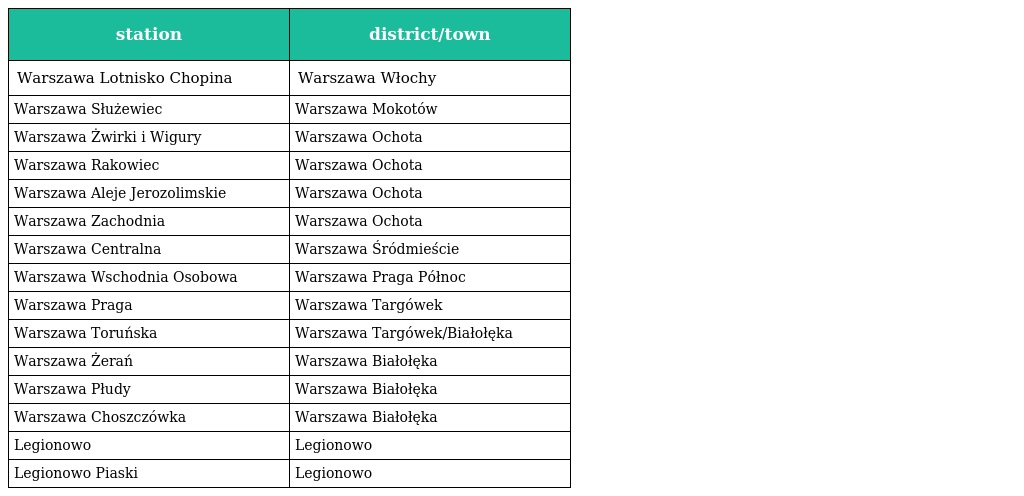
| station | district/town |
 | --- | --- |
 | Warszawa Lotnisko Chopina | Warszawa Włochy |
 | Warszawa Służewiec | Warszawa Mokotów |
 | Warszawa Żwirki i Wigury | Warszawa Ochota |
 | Warszawa Rakowiec | Warszawa Ochota |
 | Warszawa Aleje Jerozolimskie | Warszawa Ochota |
 | Warszawa Zachodnia | Warszawa Ochota |
 | Warszawa Centralna | Warszawa Śródmieście |
 | Warszawa Wschodnia Osobowa | Warszawa Praga Północ |
 | Warszawa Praga | Warszawa Targówek |
 | Warszawa Toruńska | Warszawa Targówek/Białołęka |
 | Warszawa Żerań | Warszawa Białołęka |
 | Warszawa Płudy | Warszawa Białołęka |
 | Warszawa Choszczówka | Warszawa Białołęka |
 | Legionowo | Legionowo |
 | Legionowo Piaski | Legionowo |